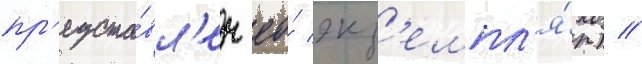
пр'едста́вл'ен ео́ экз'емпл'я́р) //